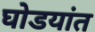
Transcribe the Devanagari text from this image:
घोडयांत